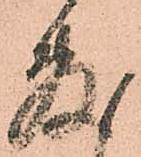
敷